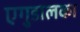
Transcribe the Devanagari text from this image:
एगुडालका